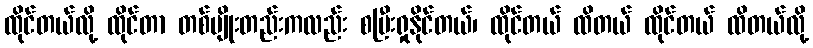
ထိုင်တယ်လို့ ထိုင်တာ တစ်မျိုးတည်းကလည်း စပြီးရှုနိုင်တယ်၊ ထိုင်တယ် ထိတယ် ထိုင်တယ် ထိတယ်လို့